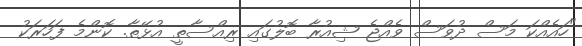
"ހައެއްކަ މަސް ދުވަސް ވެއްޖެ ޝިއުރާ ބޮލުގައި ރިއްސާތީ އުޅޭތާ. ކޮންމެ ފަހަރަކު